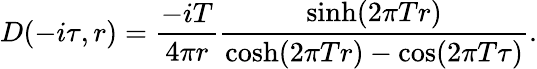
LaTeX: D(-i\tau,r)={\frac{-iT}{4\pi r}}{\frac{\sinh(2\pi Tr)}{\cosh(2\pi Tr)-\cos(2\pi T\tau)}}.